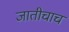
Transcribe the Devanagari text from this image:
जातीचाच